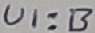
Text: UI:B